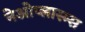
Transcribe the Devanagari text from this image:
नेओप्लास्म्स